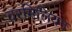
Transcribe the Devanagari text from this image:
वरमिलियन